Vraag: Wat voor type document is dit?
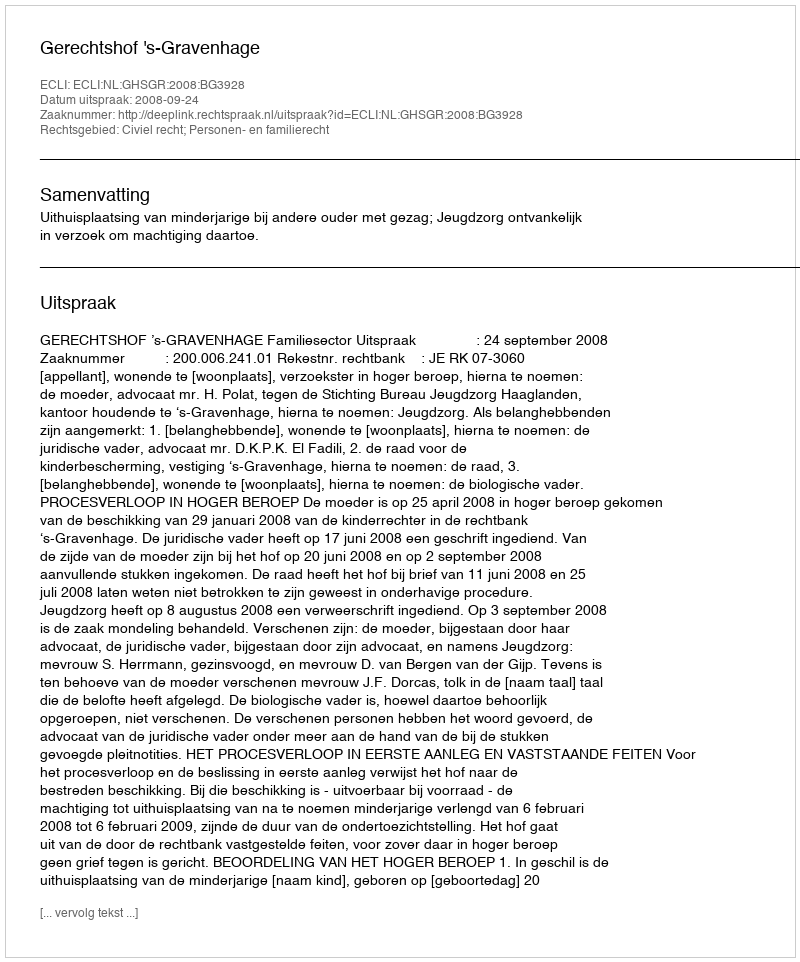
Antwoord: Uitspraak